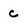
Character: c